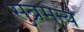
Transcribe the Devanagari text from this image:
सुब्रमन्य